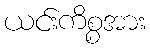
ယင်းကိစ္စအား